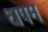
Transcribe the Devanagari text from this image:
धपम